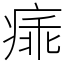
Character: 㾩